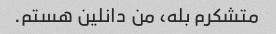
متشکرم بله، من دانلین هستم.